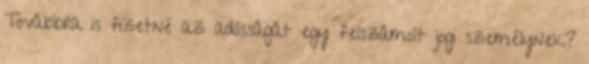
Továbbra is fizetné az adósságát egy felszámolt jogi személynek?